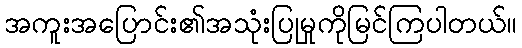
အကူးအပြောင်း၏အသုံးပြုမှုကိုမြင်ကြပါတယ်။